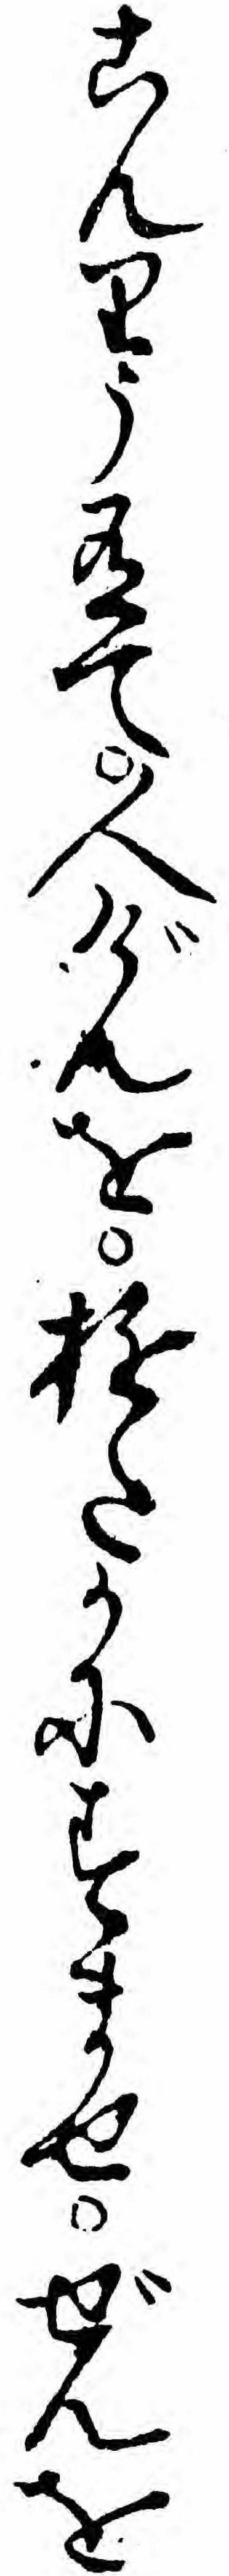
こんりう有て人げんをゆたかにすませぜんを